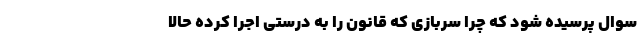
سوال پرسیده شود که چرا سربازی که قانون را به درستی اجرا کرده حالا